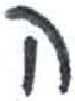
אות: ה